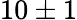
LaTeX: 10\pm 1